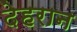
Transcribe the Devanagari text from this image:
देहरान